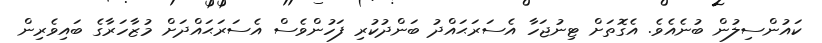
ކައުންސިލުން ބުނެއެވެ. އެގޮތަށް ޓިނުޖަހާ އެސަރަޙައްދު ބަންދުކުރި ފަހުންވެސް އެސަރަޙައްދަށް މުޒާހަރާގެ ބައިވެރިން